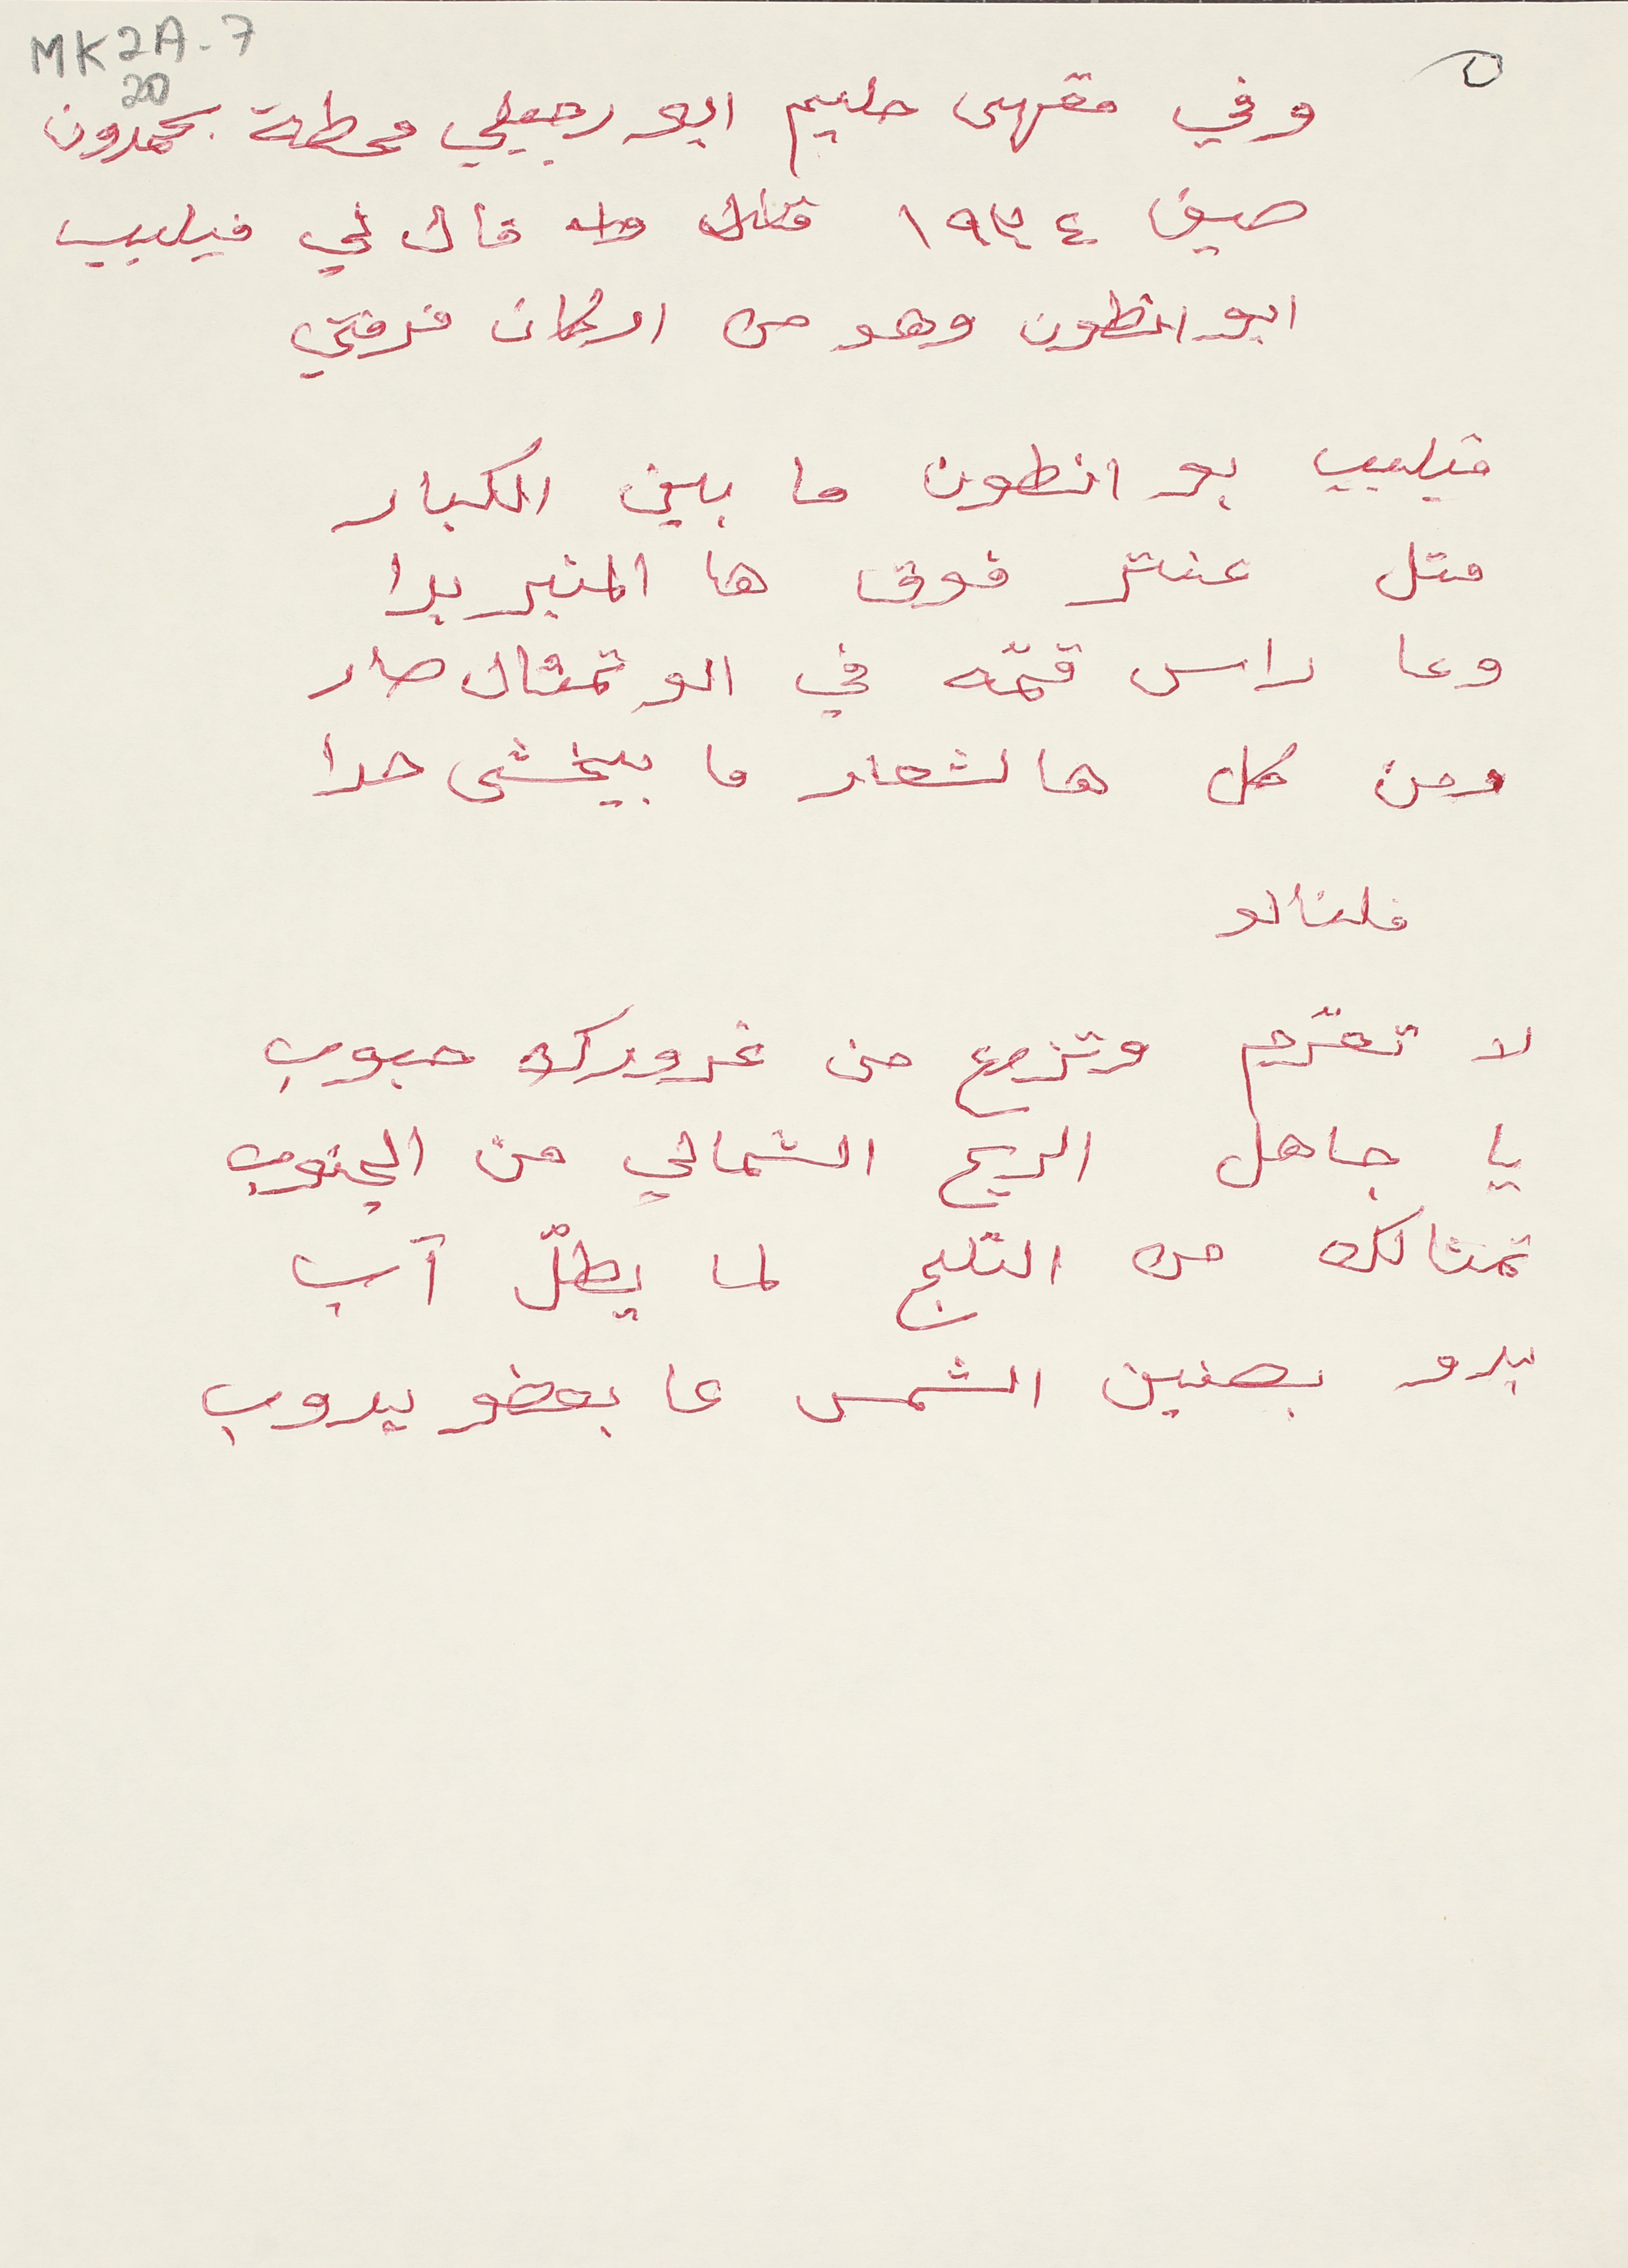
MK2A-7 20
وفي مقهى حليم ابو رجيلي محطة بحمدون
صيف ١٩٣٤ قال لي فيلبب
ابو انطون وهو من اركان فرقتي
فيليب بو انطون ما بين الكبار
متل عنتر فوق ها المنبر بدا
وعا راس قمّه في الو تمثال صار
ومن كل هالشعار ما ييخشى حدا
قلنالو
لا تعّرِم وتزوع من غرورك حبوب
يا جاهل الريح الشمالي من الجنوب
تمثالك من التلج لما يطُل آب
بدو بصنين الشمس عا بعضو يدوب